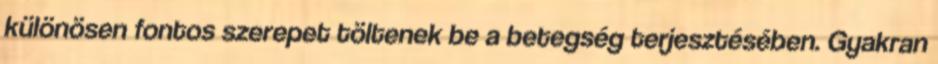
különösen fontos szerepet töltenek be a betegség terjesztésében. Gyakran